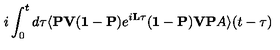
i \int _ { 0 } ^ { t } d \tau \langle { \bf P V } ( { \bf 1 } - { \bf P } ) e ^ { i { \bf L } \tau } ( { \bf 1 } - { \bf P } ) { \bf V P } A \rangle ( t - \tau )